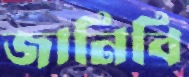
জানিবি